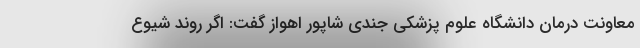
معاونت درمان دانشگاه علوم پزشکی جندی شاپور اهواز گفت: اگر روند شیوع